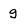
Character: g